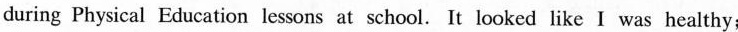
during Physical Education lessons at school. It looked like I was healthy;